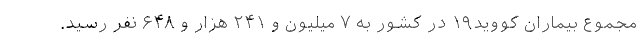
مجموع بیماران کووید۱۹ در کشور به ۷ میلیون و ۲۴۱ هزار و ۶۴۸ نفر رسید.